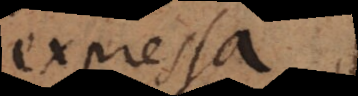
expressa,